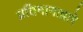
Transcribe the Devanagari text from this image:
प्रतिमानाद्वारे